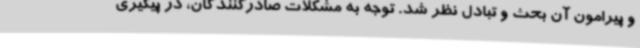
و پیرامون آن بحث و تبادل نظر شد. توجه به مشکلات صادرکنندگان، در پیگیری